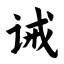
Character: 诫